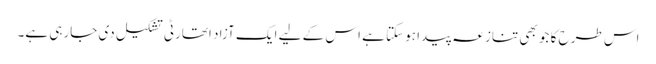
اس طرح کا جو بھی تنازعہ پیدا ہوسکتا ہے اس کے لیے ایک آزاد اتھارٹی تشکیل دی جارہی ہے۔